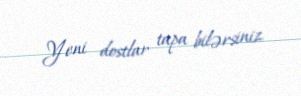
Yeni dostlar tapa bilərsiniz.